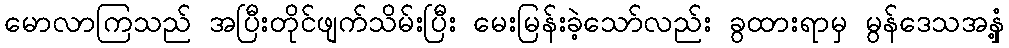
မောလာကြသည် အပြီးတိုင်ဖျက်သိမ်းပြီး မေးမြန်းခဲ့သော်လည်း ခွထားရာမှ မွန်ဒေသအနှံ့